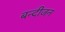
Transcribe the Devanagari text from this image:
बन्दीजन